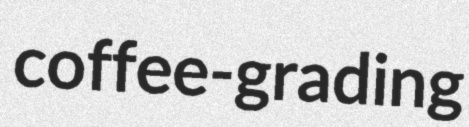
coffee-grading